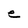
Character: e